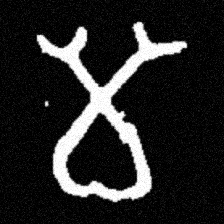
Pyu character \u2014 Myanmar letter: မ (romanized: ma)